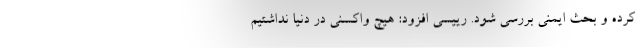
کرده و بحث ایمنی بررسی شود. رییسی افزود: هیچ واکسنی در دنیا نداشتیم